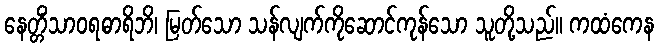
နေတ္တိံသာဝရဓာရိဘိ၊ မြတ်သော သန်လျက်ကိုဆောင်ကုန်သော သူတို့သည်။ ကထံကေန